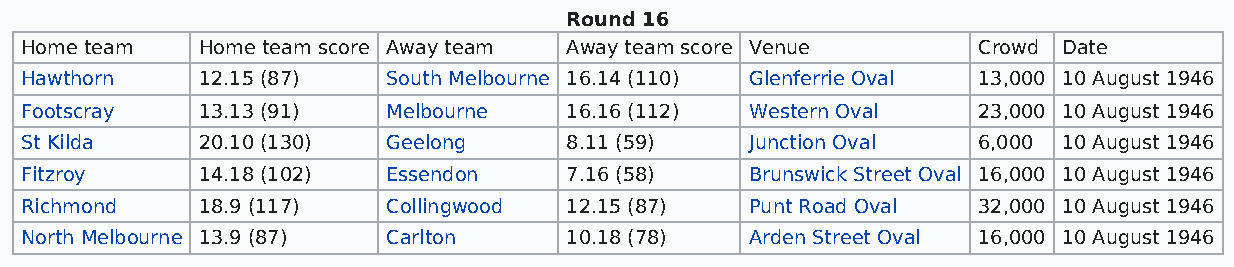
Round 16
 Home team   Home team score Away team Away team score Venue     Crowd Date
 Hawthorn    12.15 (87)   South Melbourne 16.14 (110) Glenferrie Oval 13,000 10 August 1946
 Footscray   13.13 (91)   Melbourne  16.16 (112)  Western Oval   23,000 10 August 1946
 St Kilda    20.10 (130)  Geelong    8.11 (59)    Junction Oval  6,000 10 August 1946
 Fitzroy     14.18 (102)  Essendon   7.16 (58)    Brunswick Street Oval 16,000 10 August 1946
 Richmond    18.9 (117)   Collingwood 12.15 (87)  Punt Road Oval 32,000 10 August 1946
 North Melbourne 13.9 (87) Carlton   10.18 (78)   Arden Street Oval 16,000 10 August 1946